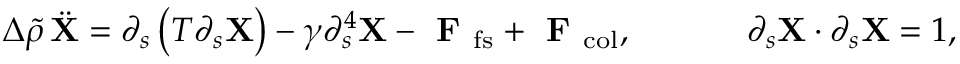
\Delta \widetilde { \rho } \, \ddot { { \bf X } } = \partial _ { s } \left( T \partial _ { s } { \bf X } \right) - \gamma \partial _ { s } ^ { 4 } { \bf X } - \textbf { F } _ { \mathrm { f s } } + \textbf { F } _ { \mathrm { c o l } } , \; \; \; \; \; \; \; \; \; \; \; \; \partial _ { s } { \bf X } \cdot \partial _ { s } { \bf X } = 1 ,